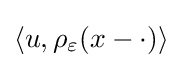
\left\langle u,\rho _{\varepsilon }(x-\cdot )\right\rangle